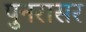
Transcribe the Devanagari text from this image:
पुनरासर